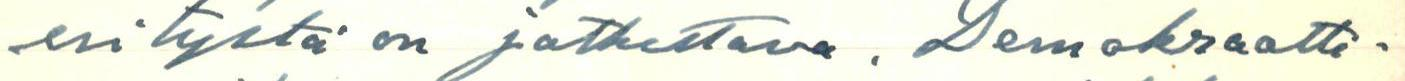
esitystä on jatkettava. Demokraatti-